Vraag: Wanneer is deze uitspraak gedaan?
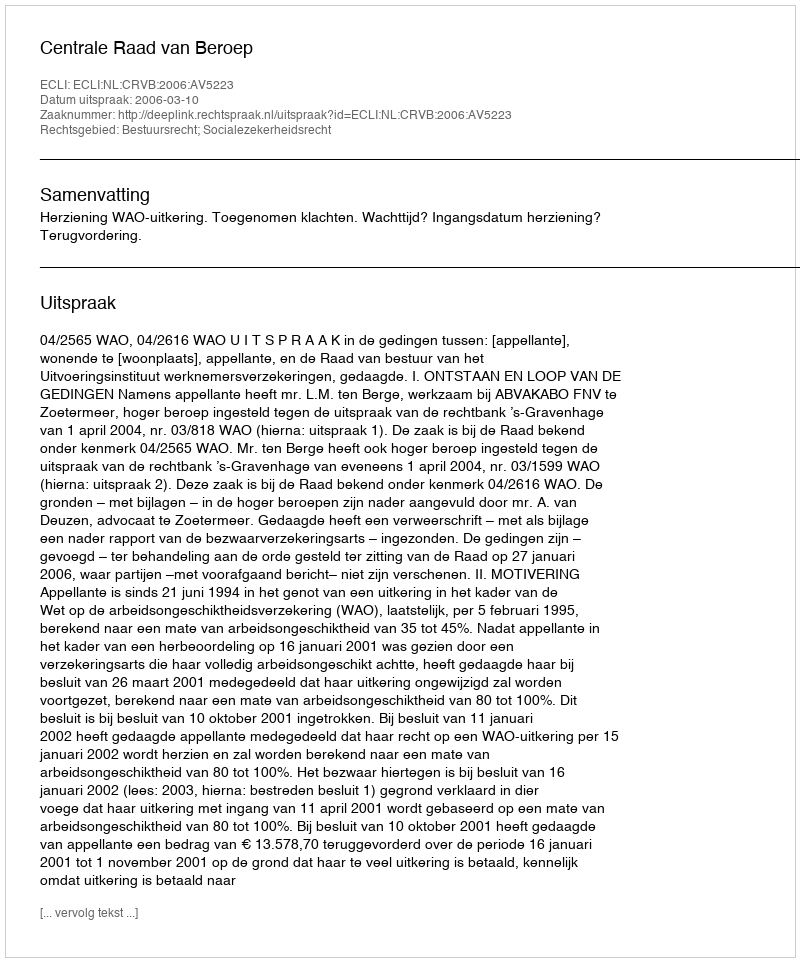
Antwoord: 2006-03-10